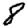
Digit: 8